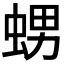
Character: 𧋱